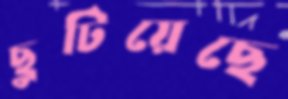
ছুটিয়েছে